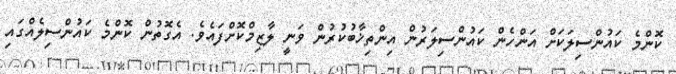
ކޮންމެ ކައުންސިލަކަށް އަންހެން ކައުންސިލަރުން އިންތިޚާބުކުރުން ވަނީ ލާޒިމްކޮށްފައެވެ. އެގޮތުން ކޮންމެ ކައުންސިލެއްގައި